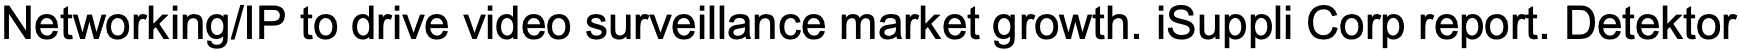
Networking/IP to drive video surveillance market growth. iSuppli Corp report. Detektor